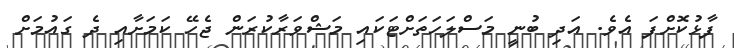
ފާޅުކޮށްފަ އެވެ. އަދި ބުނީ މަސްލަހަތަށްޓަކައި މަޝްވަރާކުރަން ޖެހޭ ކަމަށާއި ދެ ގައުމަށް